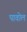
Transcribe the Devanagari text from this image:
पावोल